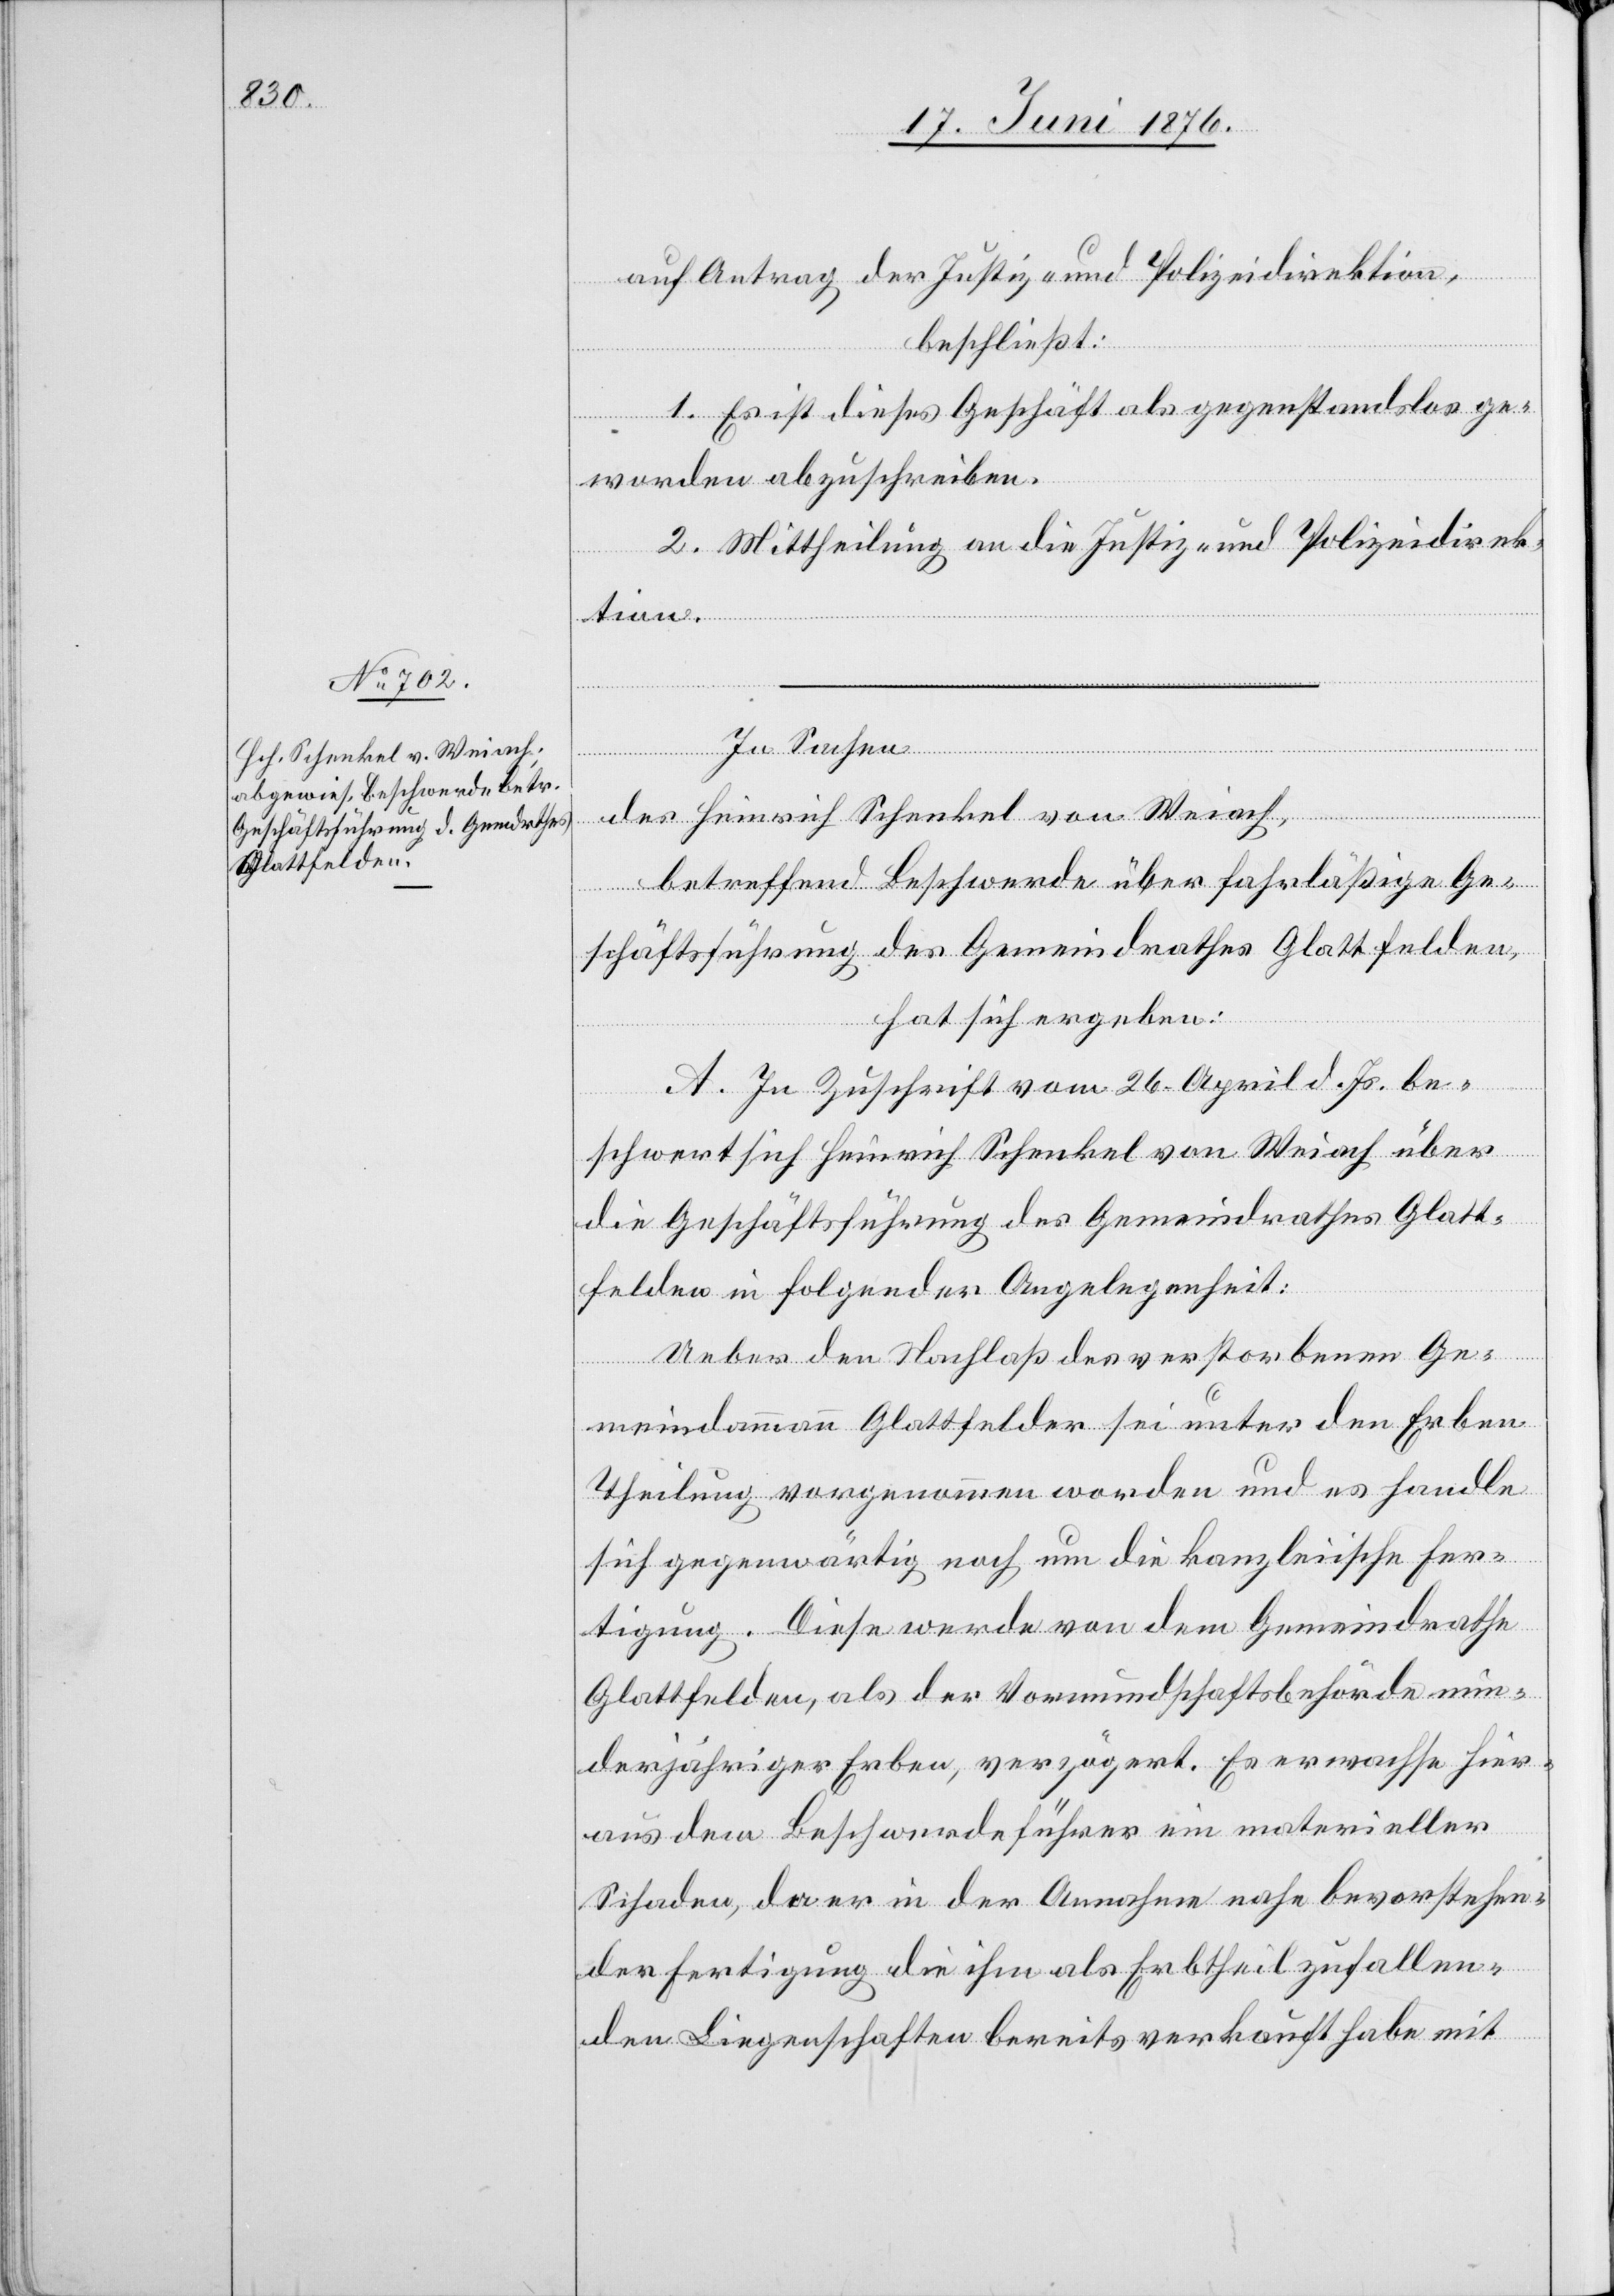
auf Antrag der Justiz- und Polizeidirektion,
beschließt:
1. Es ist dieses Geschäft als gegenstandslos ge¬
worden abzuschreiben.
2. Mittheilung an die Justiz- und Polizeidirek¬
tion.
In Sachen
des Heinrich Schenkel von Weiach,
betreffend Beschwerde über fahrläßige Ge¬
schäftsführung des Gemeindrathes Glattfelden,
hat sich ergeben:
A. In Zuschrift vom 26. April d. Js. be¬
schwert sich Heinrich Schenkel von Weiach über
die Geschäftsführung des Gemeindrathes Glatt¬
felden in folgender Angelegenheit:
Ueber den Nachlaß des verstorbenen Ge¬
meindammann Glattfelder sei unter den Erben
Theilung vorgenommen worden und es handle
sich gegenwärtig noch um die kanzleiische Fer¬
tigung. Diese werde von dem Gemeindrathe
Glattfelden, als der Vormundschaftsbehörde min¬
derjähriger Erben, verzögert. Es erwachte hier¬
aus dem Beschwerdeführer ein materieller
Schaden, da er in der Annahme nahe bevorstehen¬
der Fertigung die ihm als Erbtheil zufallen¬
den Liegenschaften bereits verkauft habe mit